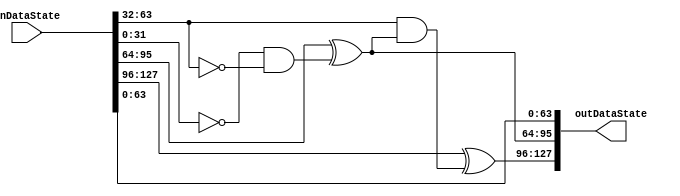
module NeokeonGammaFirstNonLinearfun(
	input wire [127:0] inDataState,
	output wire [127:0] outDataState
);


wire [31:0] inA0;
wire [31:0] inA1;
wire [31:0] inA2;
wire [31:0] inA3;

wire [31:0] inA0new;
wire [31:0] inA1new;

assign   inA0 = inDataState[127:96];
assign   inA1 = inDataState[95:64];
assign   inA2 = inDataState[63:32];
assign   inA3 = inDataState[31:0];

assign inA1new =  inA1 ^ ~inA3 & ~inA2;
assign inA0new = inA0 ^ inA2 & inA1new;

assign outDataState ={inA0new, inA1new, inA2, inA3};

endmodule